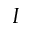
I